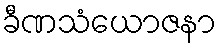
ခီဏသံယောဇနာ